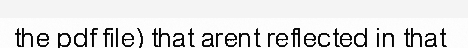
the pdf file) that arent reflected in that